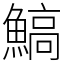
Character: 鰝